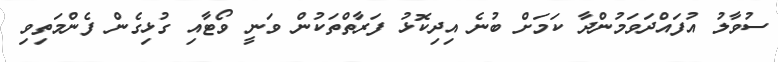
ސުވާލު އުފައްދަވަމުންދާ ކަމަށް ބުނެ އިދިކޮޅު ފަރާތްތަކުން ވަނީ ވޯޓާއި ގުޅިގެން ފެންމަތިވި